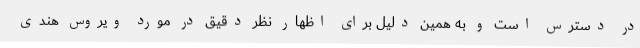
در دسترس است و به همین دلیل برای اظهار نظر دقیق در مورد ویروس هندی